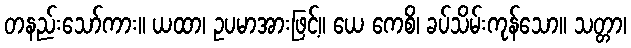
တနည်းသော်ကား။ ယထာ၊ ဥပမာအားဖြင့်။ ယေ ကေစိ၊ ခပ်သိမ်းကုန်သော။ သတ္တာ၊